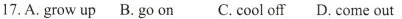
17. A. grow up B. go on C. cool off D. come out